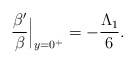
\begin{align*}\frac{\beta^\prime}{\beta}\Big|_{y=0^+}=-\frac{\Lambda_1}{6}.\end{align*}